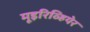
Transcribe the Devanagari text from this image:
मूइरिव्हियेर